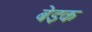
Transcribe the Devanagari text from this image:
बेइक